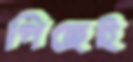
পিছেই